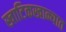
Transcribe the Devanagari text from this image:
खाटिकखान्यात